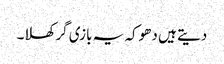
دیتے ہیں دھوکہ یہ بازی گر کھلا۔